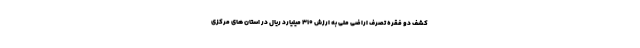
کشف دو فقره تصرف اراضی ملی به ارزش ۳۱۰ میلیارد ریال در استان های مرکزی